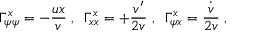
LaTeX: \Gamma _ { \psi \psi } ^ { x } = - { \frac { u x } { v } } \; , \; \; \Gamma _ { x x } ^ { x } = + { \frac { v ^ { \prime } } { 2 v } } \; , \; \; \Gamma _ { \psi x } ^ { x } = { \frac { \dot { v } } { 2 v } } \; ,